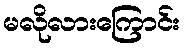
မလိုလားကြောင်း